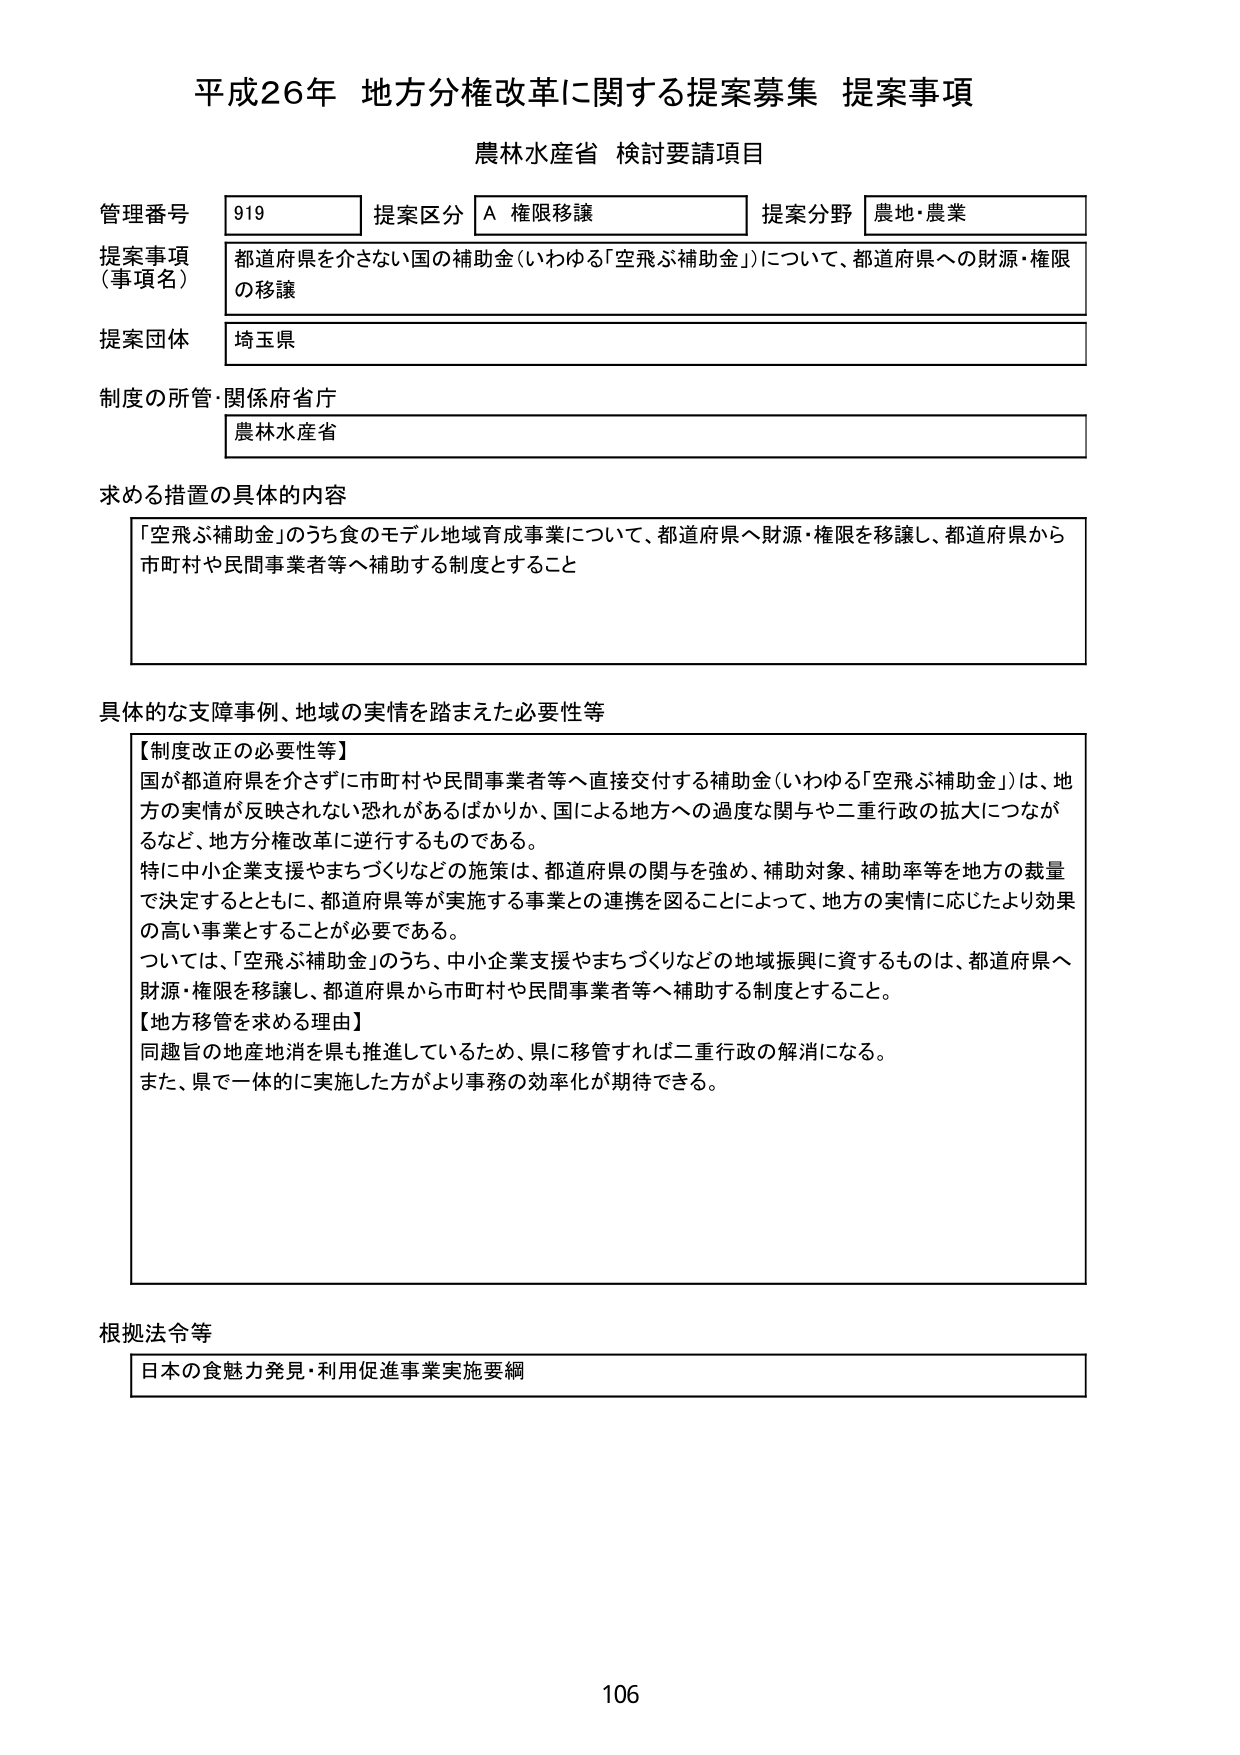
平成26年 地方分権改革に関する提案募集 提案事項
農林水産省 検討要請項目

管理番号 919
提案区分 A 権限移譲
提案分野 農地・農業

提案事項（事項名）
都道府県を介さない国の補助金（いわゆる「空飛ぶ補助金」）について、都道府県への財源・権限の移譲

提案団体
埼玉県

制度の所管・関係府省庁
農林水産省

求める措置の具体的な内容
「空飛ぶ補助金」のうち食のモデル地域育成事業について、都道府県へ財源・権限を移譲し、都道府県から市町村や民間事業者等へ補助する制度とすること

具体的な支障事例、地域の実情を踏まえた必要性等
【制度改正の必要性等】
国が都道府県を介さずに市町村や民間事業者等へ直接交付する補助金（いわゆる「空飛ぶ補助金」）は、地方の実情が反映されない恐れがあるばかりか、国による地方への過度な関与や二重行政の拡大につながるなど、地方分権改革に逆行するものである。
特に中小企業支援やまちづくりなどの施策は、都道府県の関与を強め、補助対象、補助率等を地方の裁量で決定するとともに、都道府県等が実施する事業との連携を図ることによって、地方の実情に応じたより効果の高い事業とすることが必要である。
ついては、「空飛ぶ補助金」のうち、中小企業支援やまちづくりなどの地域振興に資するものは、都道府県へ財源・権限を移譲し、都道府県から市町村や民間事業者等へ補助する制度とすること。
【地方移管を求める理由】
同趣旨の地産地消を県も推進しているため、県に移管すれば二重行政の解消になる。
また、県で一体的に実施した方がより事務の効率化が期待できる。

根拠法令等
日本の食魅力発見・利用促進事業実施要綱

106